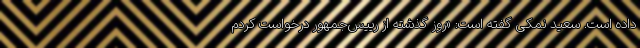
داده است. سعید نمکی گفته است: «روز گذشته از رییس‌جمهور درخواست کردم